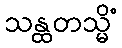
သန္ထတသ္မိံ